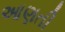
આણતી